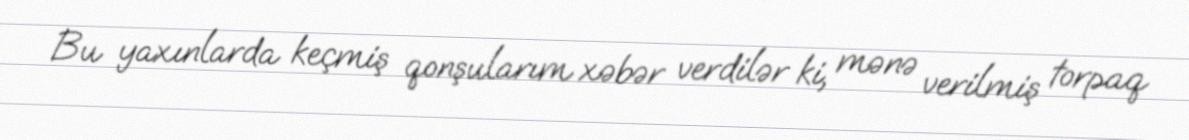
Bu yaxınlarda keçmiş qonşularım xəbər verdilər ki, mənə verilmiş torpaq